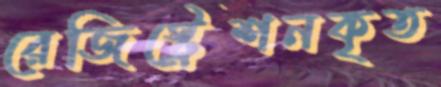
রেজিস্ট্রেশনকৃত